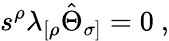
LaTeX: s^{\rho}\lambda_{[\rho}\hat{\Theta}_{\sigma]}=0\ ,